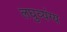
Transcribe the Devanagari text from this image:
लघुव्यंग्य